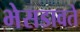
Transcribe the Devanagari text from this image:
भेसडावते